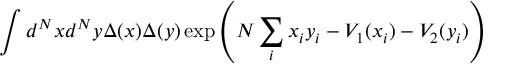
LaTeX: \int d ^ { N } x d ^ { N } y \Delta ( x ) \Delta ( y ) \exp \left( N \sum _ { i } x _ { i } y _ { i } - V _ { 1 } ( x _ { i } ) - V _ { 2 } ( y _ { i } ) \right)